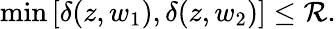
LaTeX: \operatorname*{min}\left[\delta(z,w_{1}),\delta(z,w_{2})\right]\leq\mathcal{R}.